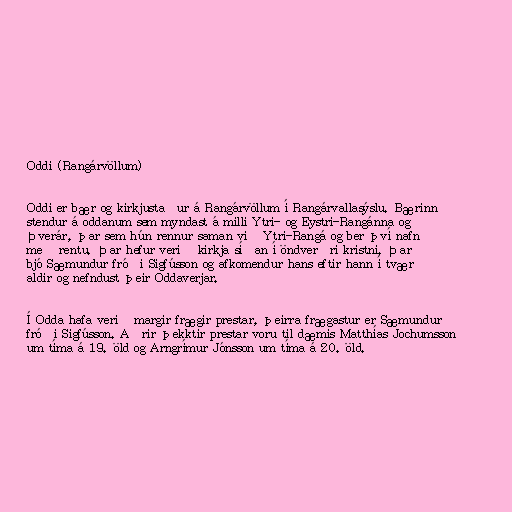
Oddi (Rangárvöllum)

Oddi er bær og kirkjustaður á Rangárvöllum í Rangárvallasýslu. Bærinn
stendur á oddanum sem myndast á milli Ytri- og Eystri-Rangánna og
Þverár, þar sem hún rennur saman við Ytri-Rangá og ber því nafn
með rentu. Þar hefur verið kirkja síðan í öndverðri kristni. Þar
bjó Sæmundur fróði Sigfússon og afkomendur hans eftir hann í tvær
aldir og nefndust þeir Oddaverjar.

Í Odda hafa verið margir frægir prestar, þeirra frægastur er Sæmundur
fróði Sigfússon. Aðrir þekktir prestar voru til dæmis Matthías Jochumsson
um tíma á 19. öld og Arngrímur Jónsson um tíma á 20. öld.